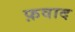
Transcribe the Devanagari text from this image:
फ़वाद